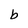
Character: b